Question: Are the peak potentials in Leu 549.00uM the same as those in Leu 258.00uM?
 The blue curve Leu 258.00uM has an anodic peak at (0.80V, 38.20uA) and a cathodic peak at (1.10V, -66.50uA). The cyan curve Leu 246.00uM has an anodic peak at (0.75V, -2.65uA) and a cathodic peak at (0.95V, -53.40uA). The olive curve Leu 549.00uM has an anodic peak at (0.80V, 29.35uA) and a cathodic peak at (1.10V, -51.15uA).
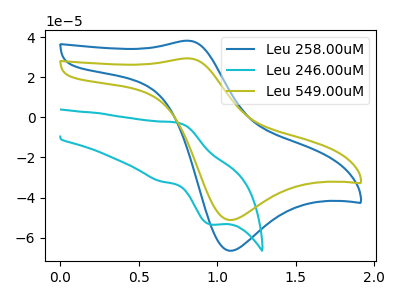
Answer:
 <answer>Yes, "Leu 549.00uM" have a peak in "Leu 258.00uM" at the same potential.</answer>
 <eval>match</eval>